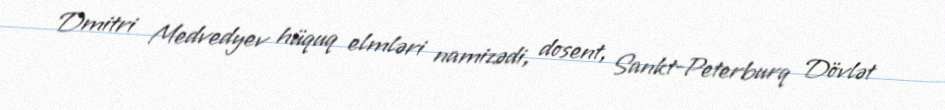
Dmitri Medvedyev hüquq elmləri namizədi, dosent, Sankt-Peterburq Dövlət